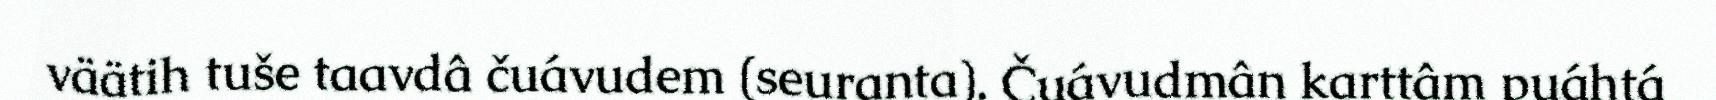
väätih tuše taavdâ čuávudem (seuranta). Čuávudmân karttâm puáhtá